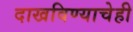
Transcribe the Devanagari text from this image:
दाखविण्याचेही